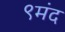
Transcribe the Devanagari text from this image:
९मंद